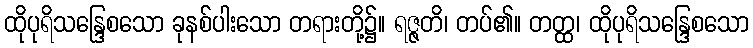
ထိုပုရိသန္ဒြေစသော ခုနစ်ပါးသော တရားတို့၌။ ရဇ္ဇတိ၊ တပ်၏။ တတ္ထ၊ ထိုပုရိသန္ဒြေစသော